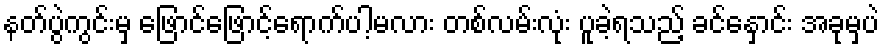
နတ်ပွဲကွင်းမှ ဖြောင်ဖြောင့်ရောက်ပါ့မလား တစ်လမ်းလုံး ပူခဲ့ရသည့် ခင်နှောင်း အခုမှပဲ